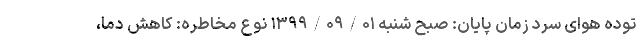
توده هوای سرد زمان پایان: صبح شنبه ۱۳۹۹/۰۹/۰۱ نوع مخاطره: کاهش دما،